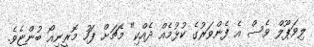
ލިވަޕޫލް ވެސް އެ ފެންވަރުގެ ކުޅުމެއް ދެއްކި" މެޗަށް ފަހު މޮރީނިއޯ ބުންޏެެވެ.